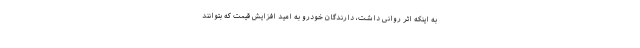
به اینکه اثر روانی داشت، دارندگان خودرو به امید افزایش قیمت که بتوانند